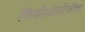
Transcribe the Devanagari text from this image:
फिजीओलॉजीचा